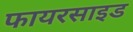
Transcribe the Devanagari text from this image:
फायरसाइड